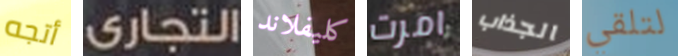
أتجه التجارى كليفلاند امرت الجذاب لتلقي